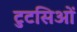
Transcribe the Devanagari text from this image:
टुटसिओं